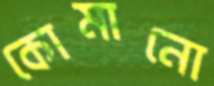
কোমানো